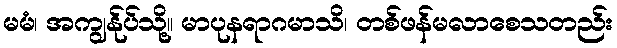
မမံ၊ အကျွန်ုပ်သို့။ မာပုနရာဂမာသိ၊ တစ်ဖန်မလာစေသတည်း